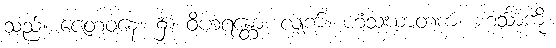
သည်။ ဇေတဝနေ၊ ၌။ ဝိဟရန္တော၊ လျက်။ ဟံသဃာတကံ၊ ဟင်္သာကို